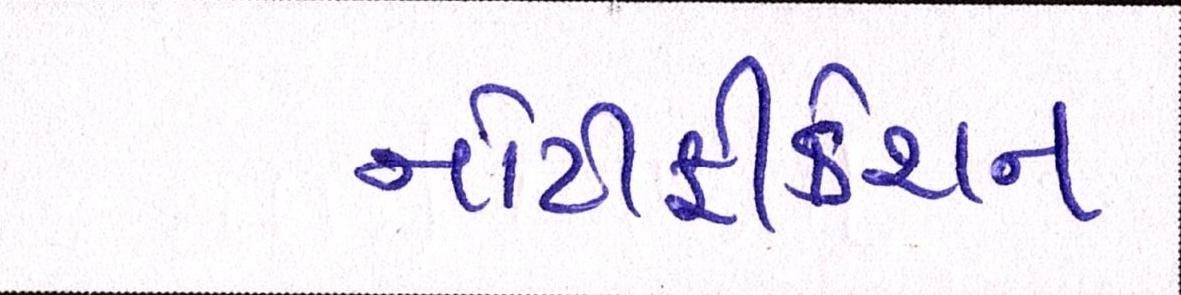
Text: નોટીફીકેશન